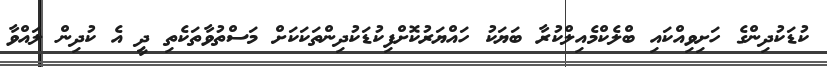
ކުޑަކުދިންގެ ހަށިވިއްކައި ބްލެެކްމެއިލްކުރާ ބަޔަކު ހައްޔަރުކޮށްފިކުޑަކުދިންތަކަކަށް މަސްތުވާތަކެތި ދީ އެ ކުދިން ލައްވާ